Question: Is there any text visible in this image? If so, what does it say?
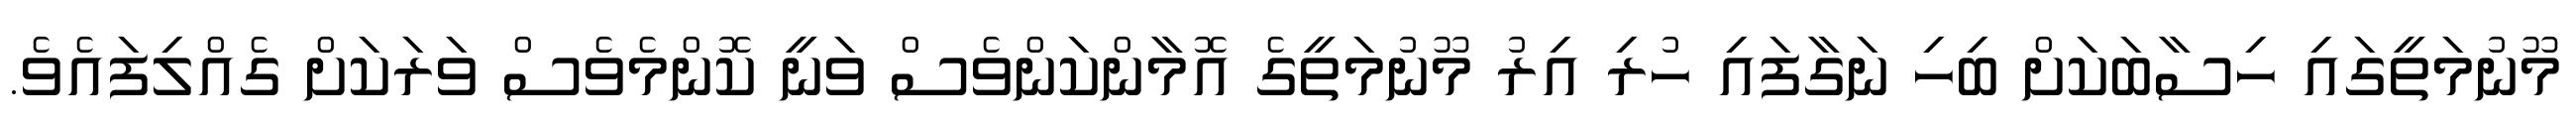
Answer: މޫނުމަތީގައި ހިސާބަކަށް ބިހި ނަގާފައި ހުރި އިރު މޫނުމަތީގެ އޮމާންކަންވެސް ވަނީ ކޮންމެވެސް ވަރަކަށް ގެއްލިފައެވެ.